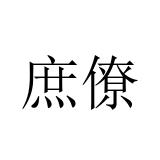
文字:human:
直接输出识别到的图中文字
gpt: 庶僚